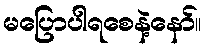
မပြောပါရစေနဲ့နော်။